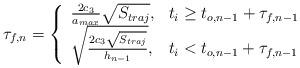
LaTeX: \begin{align*}\tau_{f,n} = \left\{\begin{array}{ll}\frac{2c_3}{a_{max}}\sqrt{S_{traj}} , &t_i \geq t_{o,n-1}+\tau_{f,n-1} \\\sqrt{\frac{2c_3 \sqrt{S_{traj}}}{h_{n-1}}} ,& t_i < t_{o,n-1} + \tau_{f,n-1}\end{array}\right.\end{align*}